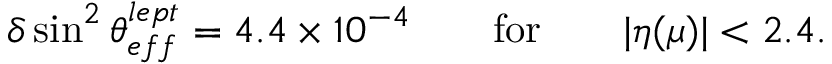
\delta \sin ^ { 2 } \theta _ { e f f } ^ { l e p t } = 4 . 4 \times 1 0 ^ { - 4 } \qquad \mathrm { f o r } \qquad | \eta ( \mu ) | < 2 . 4 .